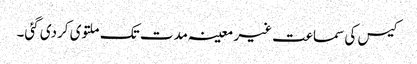
کیس کی سماعت غیر معینہ مدت تک ملتوی کردی گئی۔